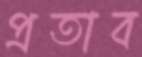
প্রতাব